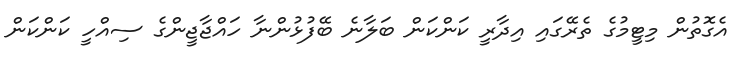
އެގޮތުން މިޓީމުގެ ތެރޭގައި އިދާރީ ކަންކަން ބަލާނެ ބޭފުޅުންނާ ހައްޖާޖީންގެ ސިއްހީ ކަންކަން